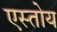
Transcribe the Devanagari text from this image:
एस्तोय